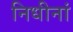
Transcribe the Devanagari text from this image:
निधीनां